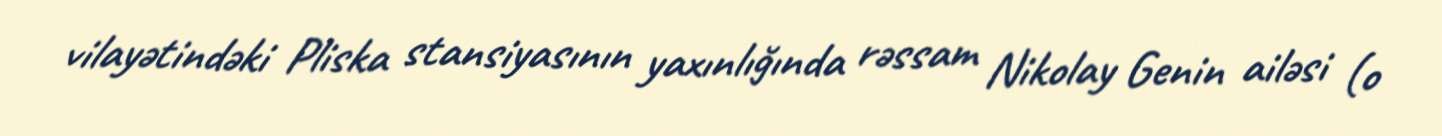
vilayətindəki Pliska stansiyasının yaxınlığında rəssam Nikolay Genin ailəsi (o